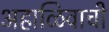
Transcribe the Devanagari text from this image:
अहाळिवाची